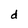
Character: d